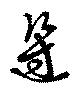
邊